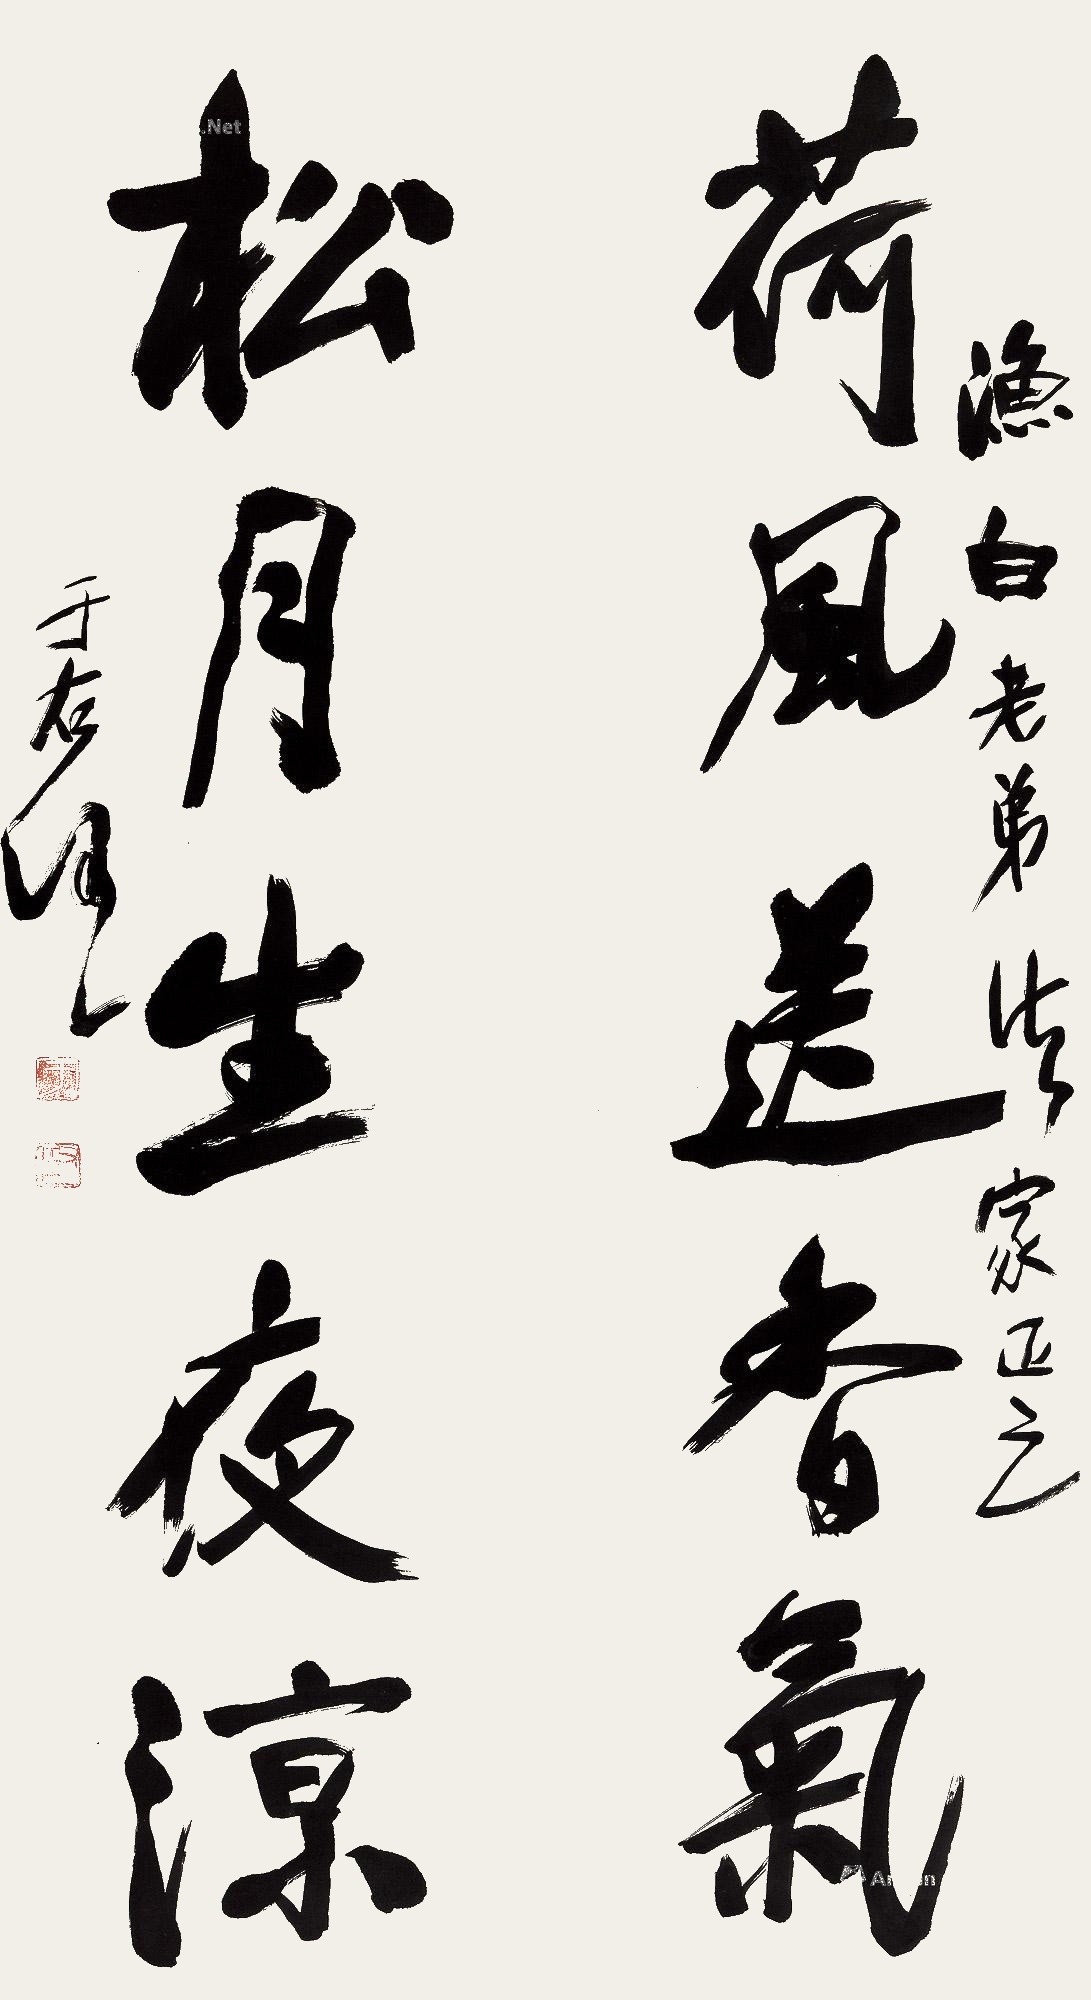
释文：荷风送香气，松月生夜凉。渔白老弟法家正之。于右任。